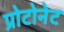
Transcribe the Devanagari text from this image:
प्रोटोनेट